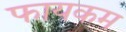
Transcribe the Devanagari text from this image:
फायकम